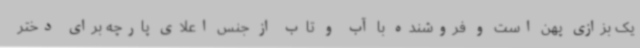
یک بزازی پهن است و فروشنده با آب و تاب از جنس اعلای پارچه برای دختر